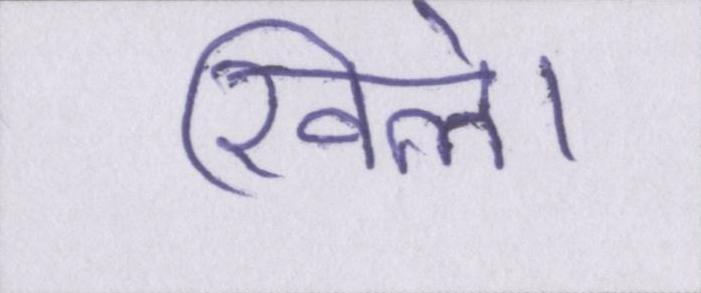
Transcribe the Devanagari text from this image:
खिले।